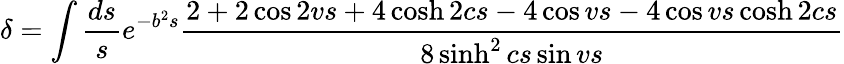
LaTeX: \delta=\int\frac{ds}{s}e^{-b^{2}s}\frac{2+2\cos 2vs+4\cosh 2cs-4\cos vs-4\cos vs\cosh 2cs}{8\sinh^{2}cs\sin vs}